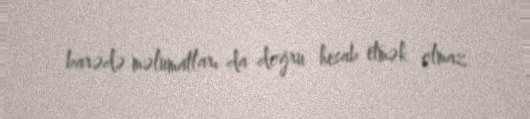
barədə məlumatları da doğru hesab etmək olmaz.